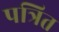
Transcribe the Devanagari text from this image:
पत्रित